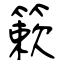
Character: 簌